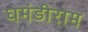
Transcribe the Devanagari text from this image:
घमंडीराम